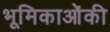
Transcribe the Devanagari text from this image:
भूमिकाओंकी